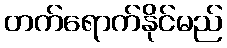
တက်ရောက်နိုင်မည်